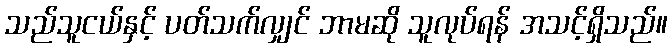
သည်သူငယ်နှင့် ပတ်သက်လျှင် ဘာမဆို သူလုပ်ရန် အသင့်ရှိသည်။